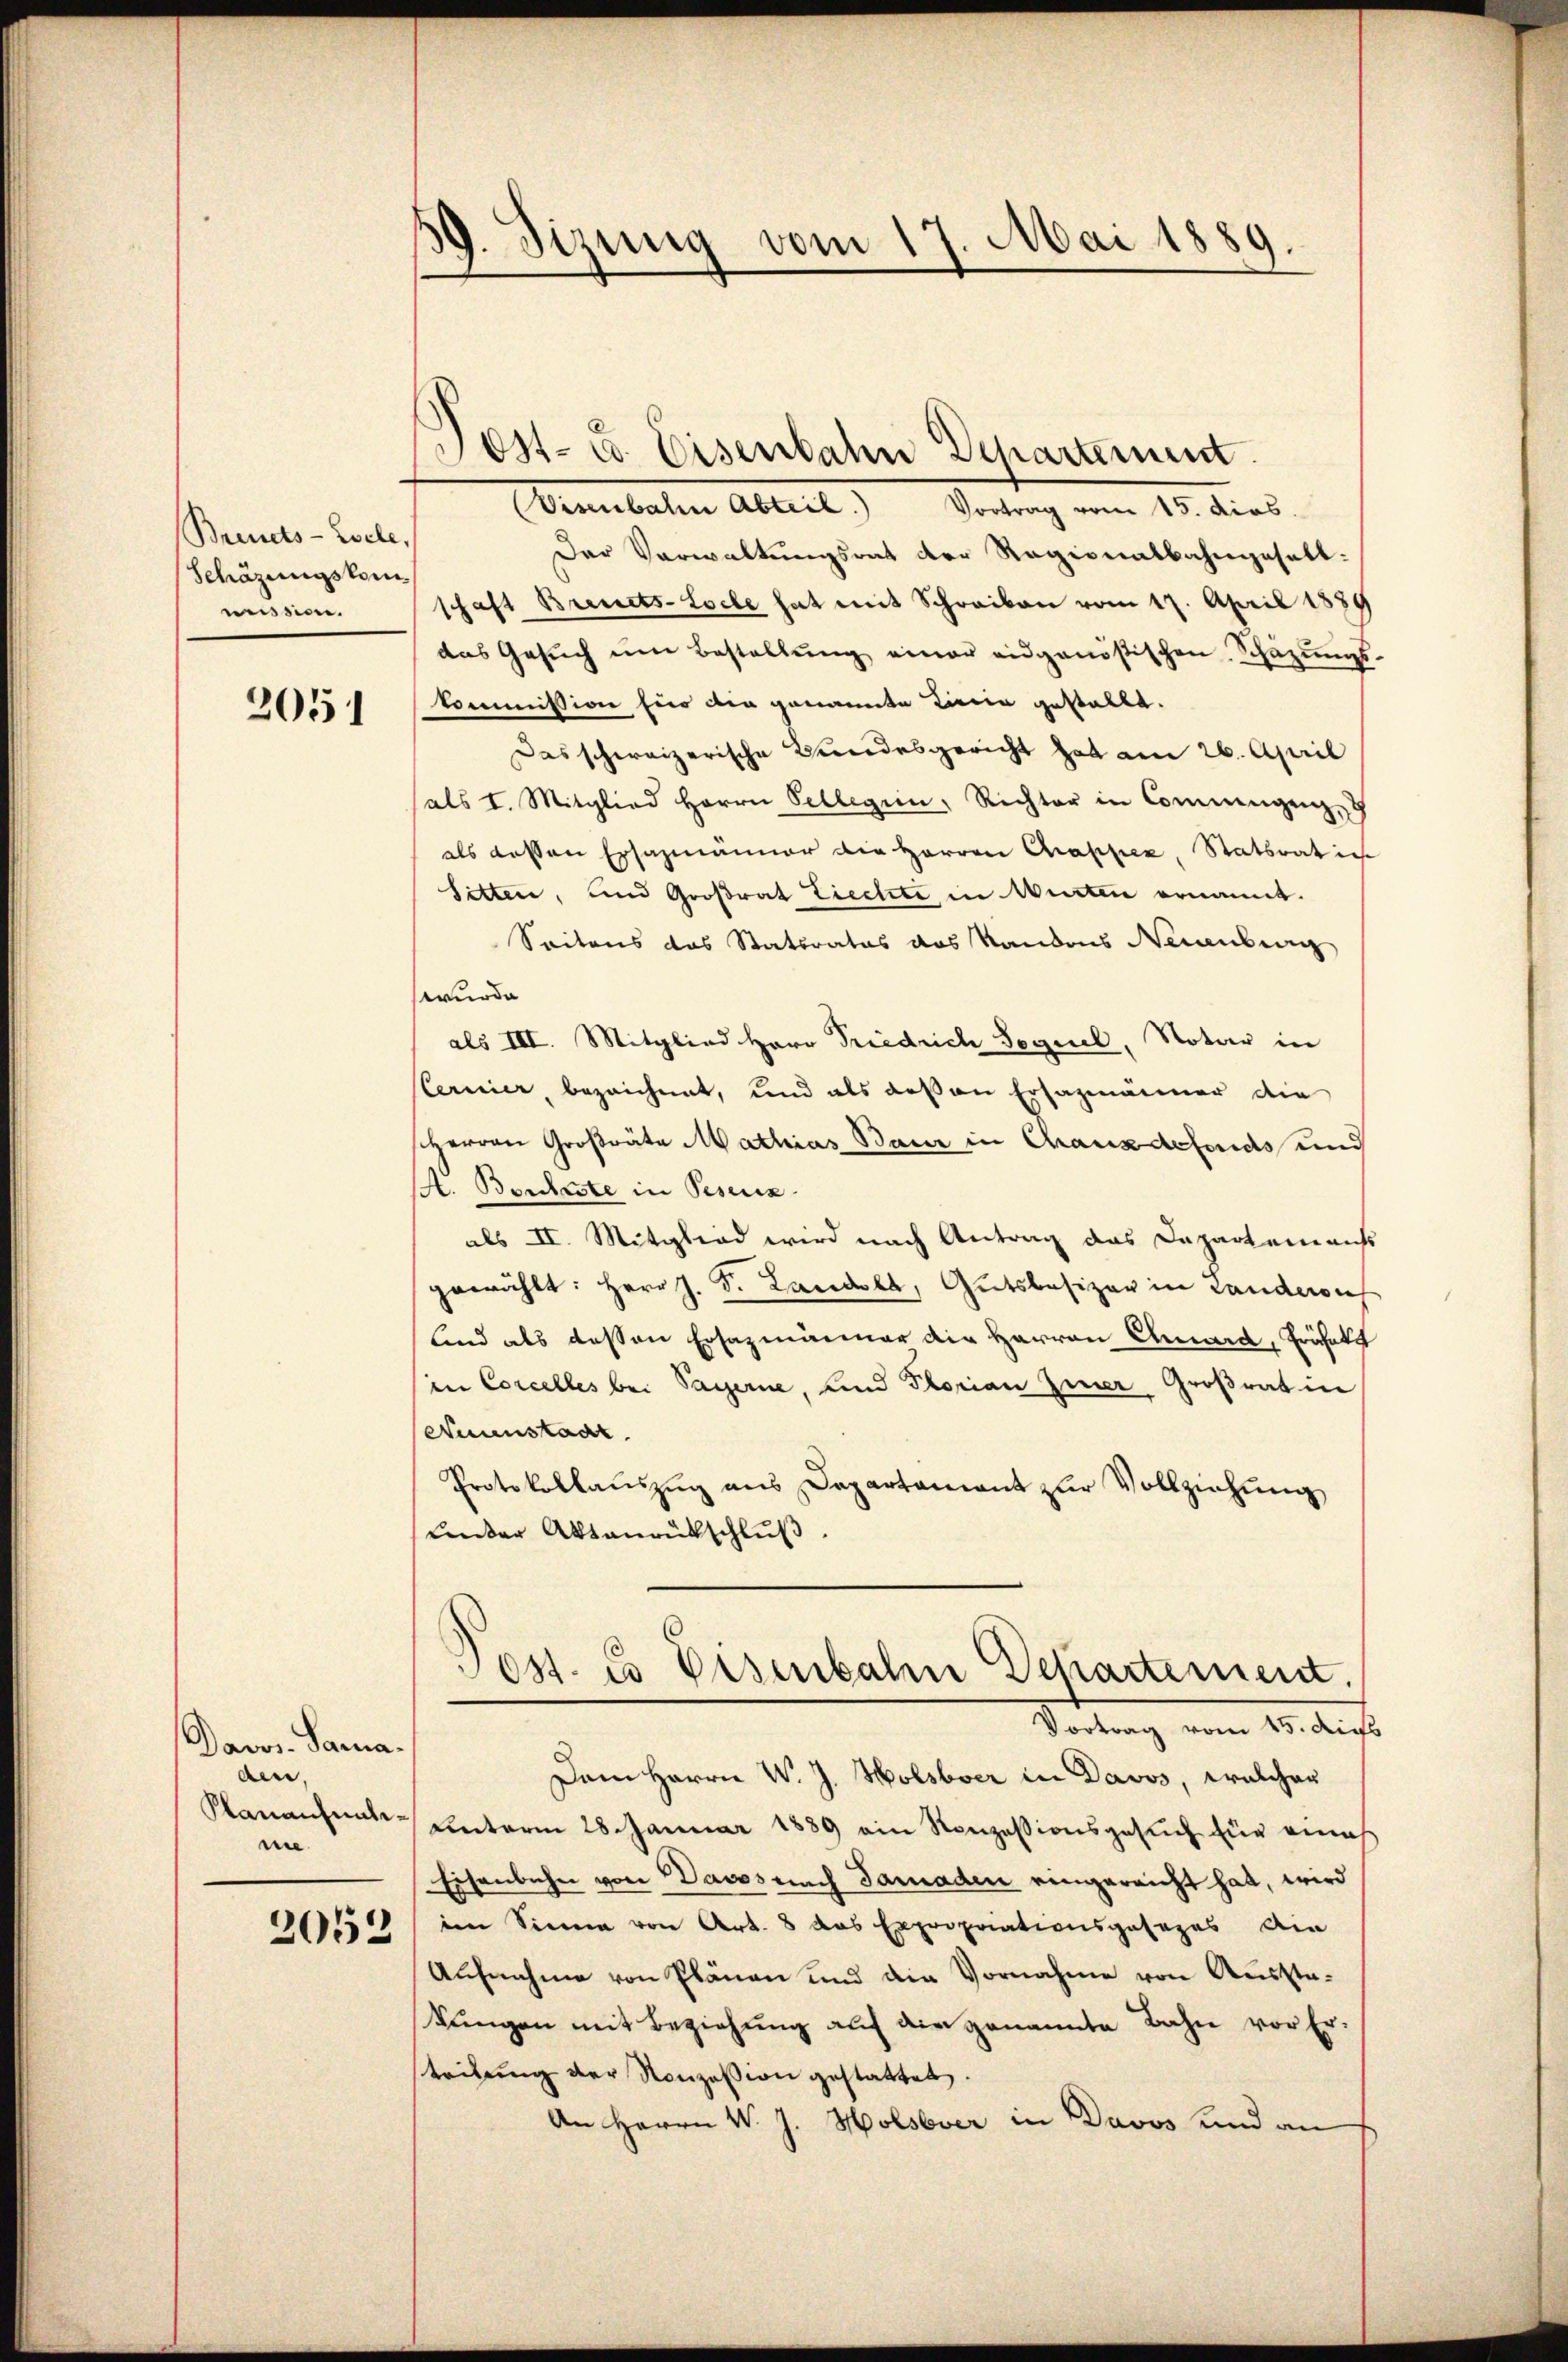
Breuets-Zsche,
Schäzungskom
mission.

2051

Davos- Samaden,
Pananchmaline.
2052

59. Sizung vom 17. Mai 1889.

(Visenbahn Abteil) Vortrag vom 15. dies
Der Verwaltungsrat der Ragionalbahngesalt.
schaft Brents-Loche hat mit Schreiben vom 17. April 1889
das Gesŭch ŭm Bestellŭng einer eidgenößischen Schäzŭngs-
kommission für die genannte Linie gestallt.
Das schweizerische Bundesgericht hat am 26. April
als I. Mitglied Herrn Collegien, Richter in Commagen, u
als dessen Ersazmänner die Herren Chapper Statsrat ich
Sitten, und Großrat Ziechte in Winten ernannt.
Seitens das Stattrates das Standons Neuenburg
wurde
als III. Mitglied Herr Friedrich Sequel, Notar in
ternier, bezeichnet, und als deßen Ersazmänner die
sherren Großräte Mathias Baur in Chauxdefonds und
A. Bercheste in Pesenz
als II. Mitglied wird nach Antrag das Departem auss
gewählt: Herr J. S. Landola, Gutsbesizer in Landeres
lind als dessen Ersazmänner die Herren Chard, Erähnte
in Concelles bei Payerne, und Plorian Zier, Großrat in
Neuenstaat
Protokollauszug aus Departament zur Vollziehung
unter Aktanrückschlŭβ
Post. Es Eisenbahn Departement.
Vortrag vom 15. Aus
Dem Herrn W. J. Holsbver in Davos, welcher
unterm 28. Januar 1889 ein Konzessionsgesuch für einig
Eisenbahn von Davos nach Paraden eingereicht hat, wird
im Sinne von Art. 8 das Expropriationsgesezes Am
Aufnahme von Plänen und die Vornahme von Ausstekŭngen mit Beziehŭng aŭf die genannte Bahn vor Er-
steilŭng der Konzession gestattet.
An Herrn V. J. Holsever in Davos und an

Jost- u. Eisenbahn Departement.